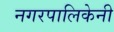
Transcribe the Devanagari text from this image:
नगरपालिकेनी